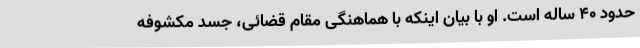
حدود 40 ساله است. او با بیان اینکه با هماهنگی مقام قضائی، جسد مکشوفه